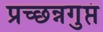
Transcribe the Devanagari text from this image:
प्रच्छन्नगुप्तं